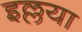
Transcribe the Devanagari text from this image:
इल्लया